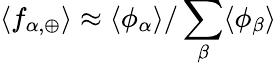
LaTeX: \langle f_{\alpha,\oplus}\rangle\approx\langle\phi_{\alpha}\rangle/\sum_{\beta}\langle\phi_{\beta}\rangle